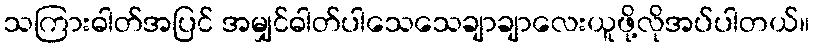
သကြားဓါတ်အပြင် အမျှင်ဓါတ်ပါသေသေချာချာလေးယူဖို့လိုအပ်ပါတယ်။